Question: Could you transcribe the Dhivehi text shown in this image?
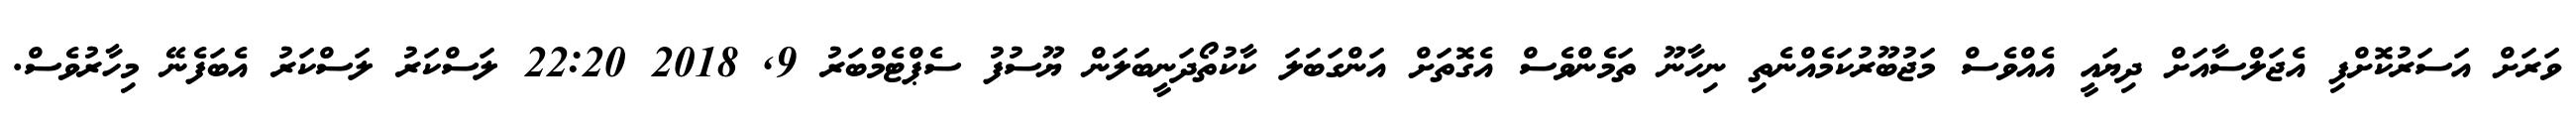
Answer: ވަރަށް އަސަރުކޮށްފި އެޖަލްސާއަށް ދިޔައީ އެއްވެސް މަޖުބޫރުކަމެއްނެތި ނިހާނޫ ތަމެންވެސް އެގޮތަށް އަންގަބަލަ ކާކުތޯދަނީބަލަން ޔޫސުފު ސެޕްޓެމްބަރު 9, 2018 22:20 ލަސްކަރު ލަސްކަރު އެބަފެނޭ މިހާރުވެސް.